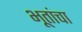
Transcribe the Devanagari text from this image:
भूतांचा